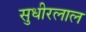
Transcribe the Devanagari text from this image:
सुधीरलाल